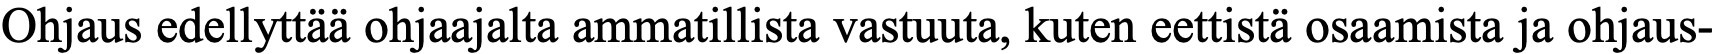
Ohjaus edellyttää ohjaajalta ammatillista vastuuta, kuten eettistä osaamista ja ohjaus-